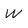
Character: W